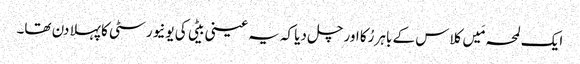
ایک لمحہ مَیں کلاس کے باہر رُکا اور چل دیا کہ یہ عینی بیٹی کی یونیورسٹی کا پہلا دن تھا۔